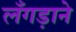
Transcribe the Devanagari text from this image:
लँगड़ाने